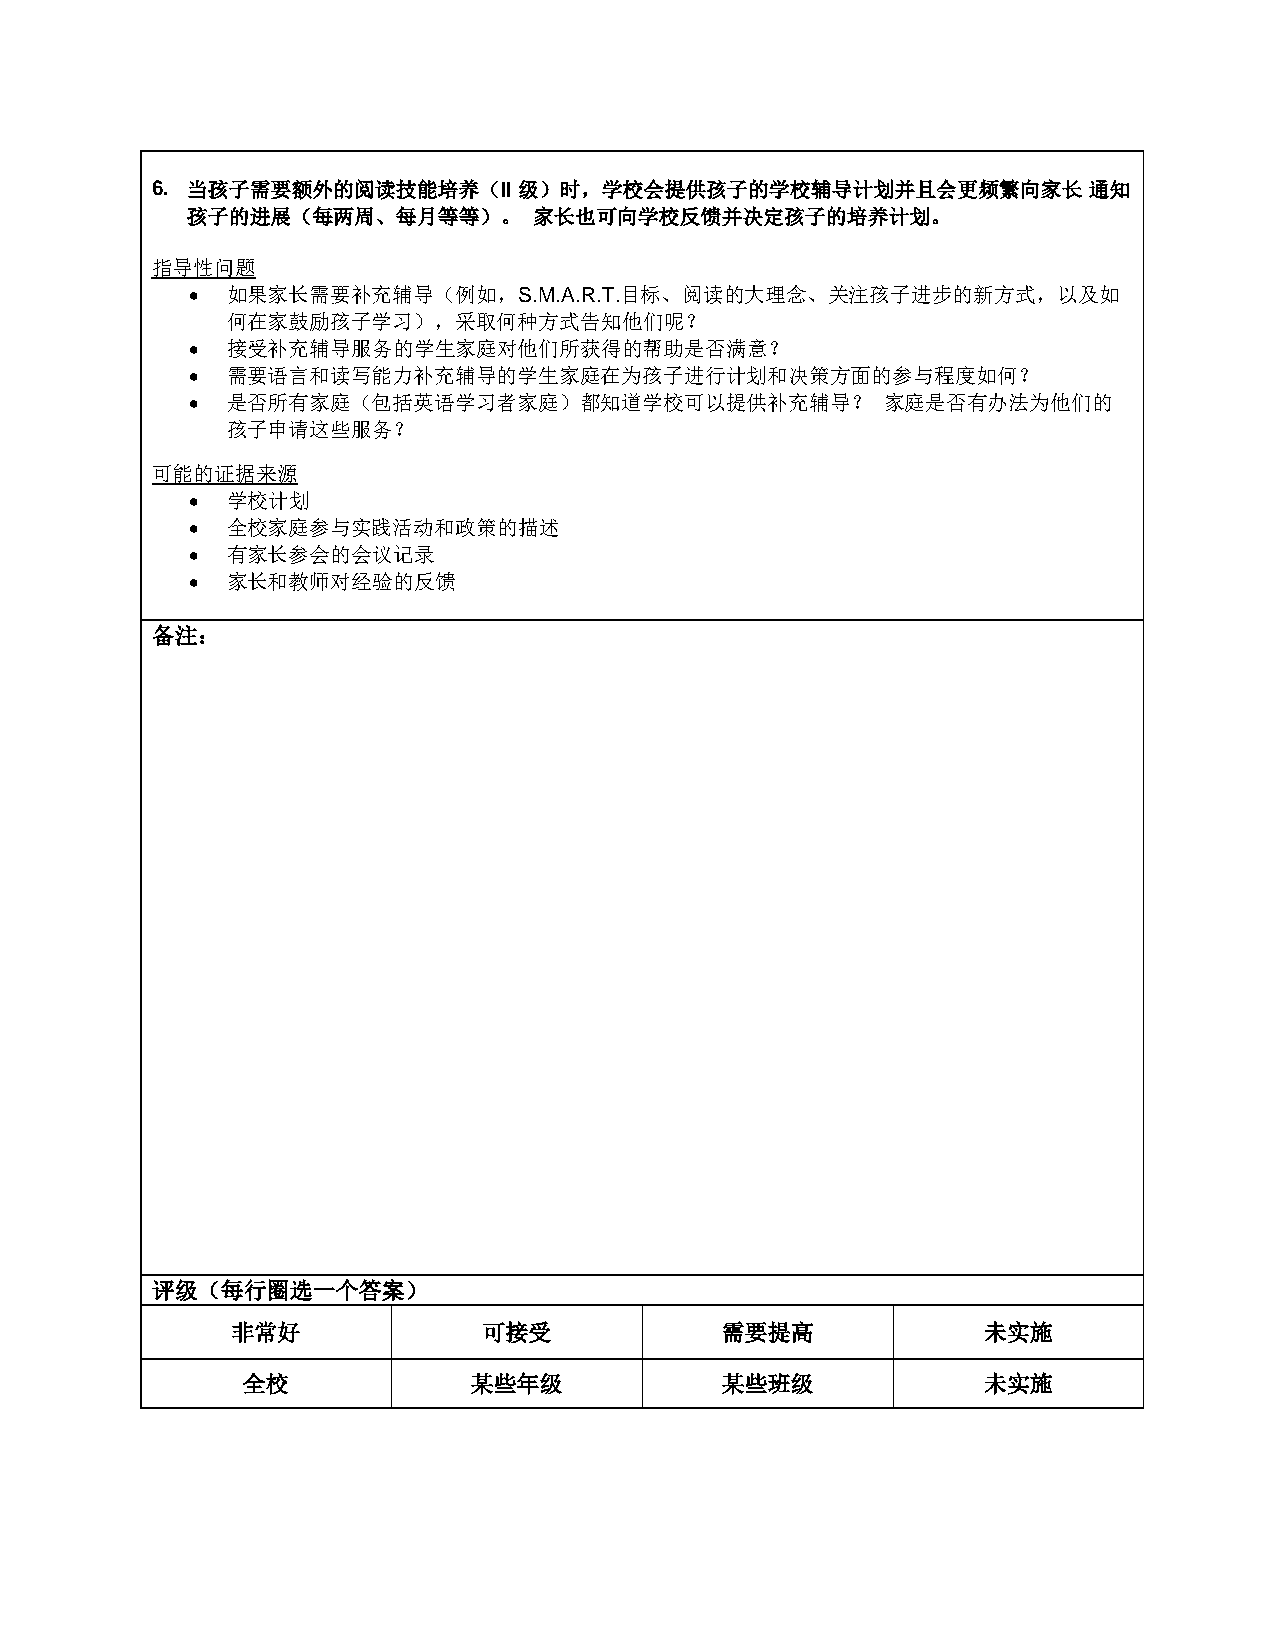
6. 当孩子需要额外的阅读技能培养（II    级）时，学校会提供孩子的学校辅导计划并且会更频繁向家长           通知
 孩子的进展（每两周、每月等等）。       家长也可向学校反馈并决定孩子的培养计划。
 指导性问题
 • 如果家长需要补充辅导（例如，S.M.A.R.T.目标、阅读的大理念、关注孩子进步的新方式，以及如
 何在家鼓励孩子学习），采取何种方式告知他们呢？
 • 接受补充辅导服务的学生家庭对他们所获得的帮助是否满意？
 • 需要语言和读写能力补充辅导的学生家庭在为孩子进行计划和决策方面的参与程度如何？
 • 是否所有家庭（包括英语学习者家庭）都知道学校可以提供补充辅导？             家庭是否有办法为他们的
 孩子申请这些服务？
 可能的证据来源
 • 学校计划
 • 全校家庭参与实践活动和政策的描述
 • 有家长参会的会议记录
 • 家长和教师对经验的反馈
 备注：
 评级（每行圈选一个答案）
 非常好              可接受             需要提高             未实施
 全校             某些年级             某些班级             未实施